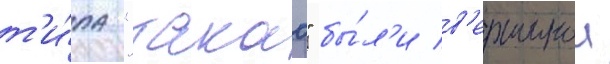
т'и́па "такао" бы́л'и в'ершинои